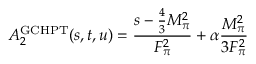
A _ { 2 } ^ { \mathrm { G C H P T } } ( s , t , u ) = \frac { s - \frac { 4 } { 3 } M _ { \pi } ^ { 2 } } { F _ { \pi } ^ { 2 } } + \alpha \frac { M _ { \pi } ^ { 2 } } { 3 F _ { \pi } ^ { 2 } }